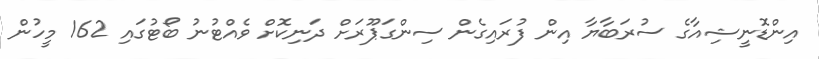
އިންޑޮނީޝިއާގެ ސުރަބާޔާ އިން ފުރައިގެން ސިންގަޕޫރަށް ދަނިކޮށް ވެއްޓުނު ބޯޓުގައި 162 މީހުން